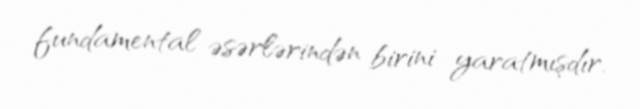
fundamental əsərlərindən birini yaratmışdır.